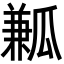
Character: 𤬓